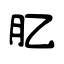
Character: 肊